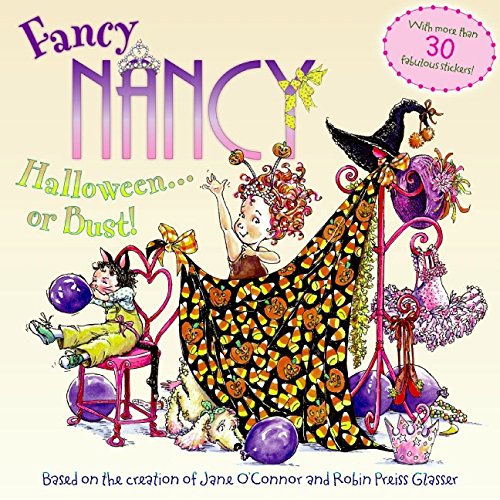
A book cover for Fancy Nancy: Halloween...or Bust!; Jane O'Connor; Children's Books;